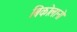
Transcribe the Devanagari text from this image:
बिकोलानो